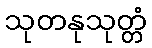
သုတနုသုတ္တံ